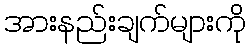
အားနည်းချက်များကို